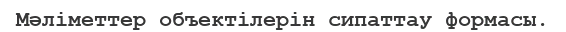
Мәліметтер объектілерін сипаттау формасы.